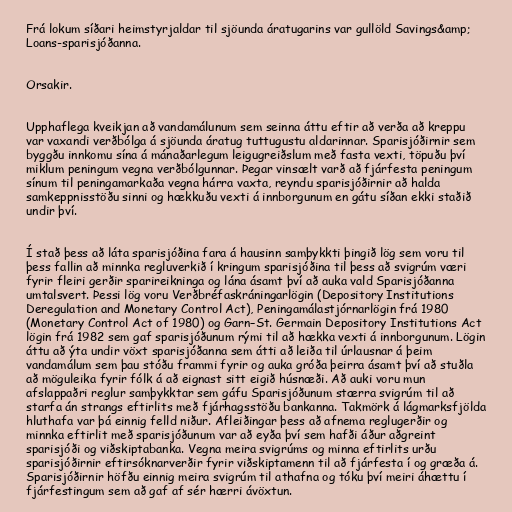
Frá lokum síðari heimstyrjaldar til sjöunda áratugarins var gullöld Savings&amp;
Loans-sparisjóðanna.

Orsakir.

Upphaflega kveikjan að vandamálunum sem seinna áttu eftir að verða að kreppu
var vaxandi verðbólga á sjöunda áratug tuttugustu aldarinnar. Sparisjóðirnir sem
byggðu innkomu sína á mánaðarlegum leigugreiðslum með fasta vexti, töpuðu því
miklum peningum vegna verðbólgunnar. Þegar vinsælt varð að fjárfesta peningum
sínum til peningamarkaða vegna hárra vaxta, reyndu sparisjóðirnir að halda
samkeppnisstöðu sinni og hækkuðu vexti á innborgunum en gátu síðan ekki staðið
undir því.

Í stað þess að láta sparisjóðina fara á hausinn samþykkti þingið lög sem voru til
þess fallin að minnka regluverkið í kringum sparisjóðina til þess að svigrúm væri
fyrir fleiri gerðir sparireikninga og lána ásamt því að auka vald Sparisjóðanna
umtalsvert. Þessi lög voru Verðbréfaskráningarlögin (Depository Institutions
Deregulation and Monetary Control Act), Peningamálastjórnarlögin frá 1980
(Monetary Control Act of 1980) og Garn–St. Germain Depository Institutions Act
lögin frá 1982 sem gaf sparisjóðunum rými til að hækka vexti á innborgunum. Lögin
áttu að ýta undir vöxt sparisjóðanna sem átti að leiða til úrlausnar á þeim
vandamálum sem þau stóðu frammi fyrir og auka gróða þeirra ásamt því að stuðla
að möguleika fyrir fólk á að eignast sitt eigið húsnæði. Að auki voru mun
afslappaðri reglur samþykktar sem gáfu Sparisjóðunum stærra svigrúm til að
starfa án strangs eftirlits með fjárhagsstöðu bankanna. Takmörk á lágmarksfjölda
hluthafa var þá einnig felld niður. Afleiðingar þess að afnema reglugerðir og
minnka eftirlit með sparisjóðunum var að eyða því sem hafði áður aðgreint
sparisjóði og viðskiptabanka. Vegna meira svigrúms og minna eftirlits urðu
sparisjóðirnir eftirsóknarverðir fyrir viðskiptamenn til að fjárfesta í og græða á.
Sparisjóðirnir höfðu einnig meira svigrúm til athafna og tóku því meiri áhættu í
fjárfestingum sem að gaf af sér hærri ávöxtun.